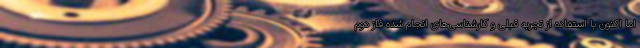
اما اکنون با استفاده از تجربه قبلی و کارشناسی‌های انجام شده فاز دوم